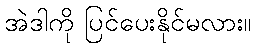
အဲဒါကို ပြင်ပေးနိုင်မလား။